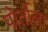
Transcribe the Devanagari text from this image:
पोर्तोला